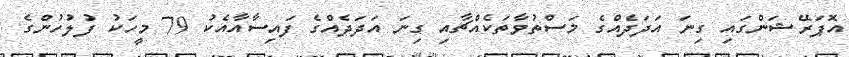
އޮޕަރޭޝަންގައި ގިނަ އަދަދެއްގެ މަސްތުވާތަކެއްޗާއި ގިނަ އަދަދެއްގެ ފައިސާއާއެކު 79 މީހަކު ފުލުހުންގެ